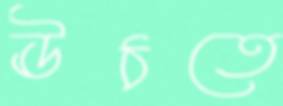
ঊঠতে